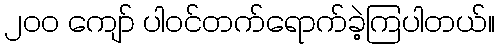
၂၀၀ ကျော် ပါဝင်တက်ရောက်ခဲ့ကြပါတယ်။